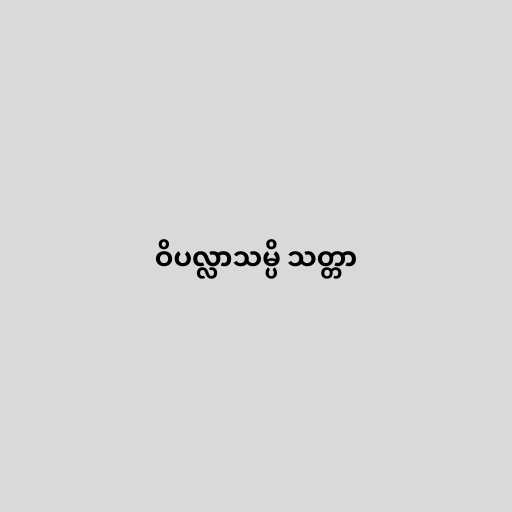
ဝိပလ္လာသမ္ပိ သတ္တာ